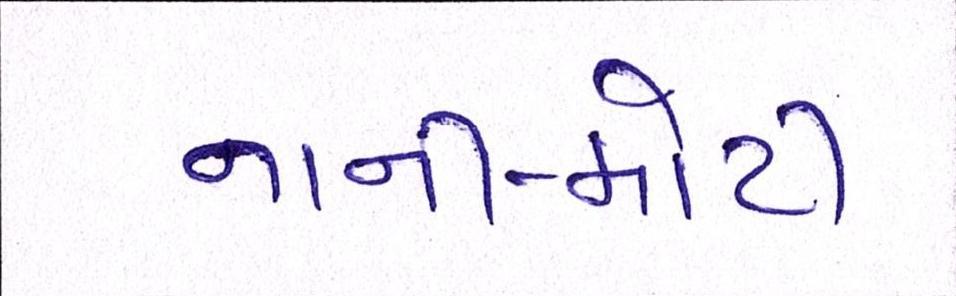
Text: નાની-મોટી